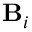
\mathbf { B } _ { i }